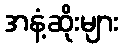
အနံ့ဆိုးများ